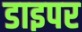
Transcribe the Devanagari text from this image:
डाइपर